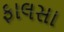
ફાલસા